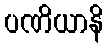
ပဏိယာနိ